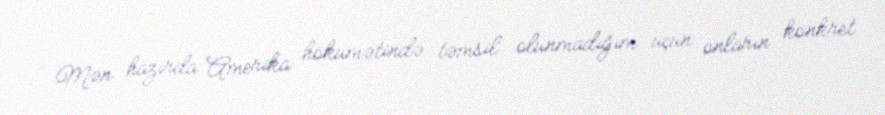
- Mən hazırda Amerika hökumətində təmsil olunmadığım üçün onların konkret